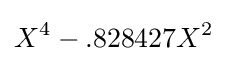
X^{4}-.828427X^{2}